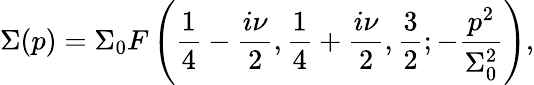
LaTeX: \Sigma(p)=\Sigma_{0}F\left({\frac{1}{4}}-{\frac{i\nu}{2}},{\frac{1}{4}}+{\frac{i\nu}{2}},{\frac{3}{2}};-\frac{p^{2}}{\Sigma_{0}^{2}}\right),